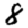
Digit: 8